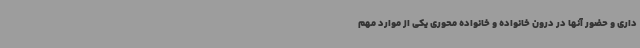
داری و حضور آنها در درون خانواده و خانواده محوری یکی از موارد مهم